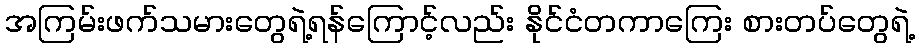
အကြမ်းဖက်သမားတွေရဲ့ရန်ကြောင့်လည်း နိုင်ငံတကာကြေး စားတပ်တွေရဲ့